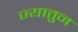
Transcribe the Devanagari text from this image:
ज्यातुन